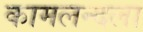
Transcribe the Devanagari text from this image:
कामलन्दला